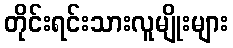
တိုင်းရင်းသားလူမျိုးများ